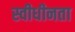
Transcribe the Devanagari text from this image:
स्वीधीनता